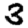
Digit: 3